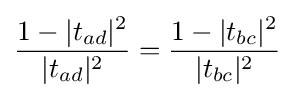
{\frac {1-|t_{ad}|^{2}}{|t_{ad}|^{2}}}={\frac {1-|t_{bc}|^{2}}{|t_{bc}|^{2}}}